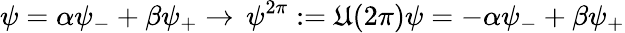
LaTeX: \psi=\alpha\psi_{-}+\beta\psi_{+}\rightarrow\, \psi^{2\pi}:=\mathfrak{U}(2\pi)\psi=-\alpha\psi_{-}+\beta\psi_{+}